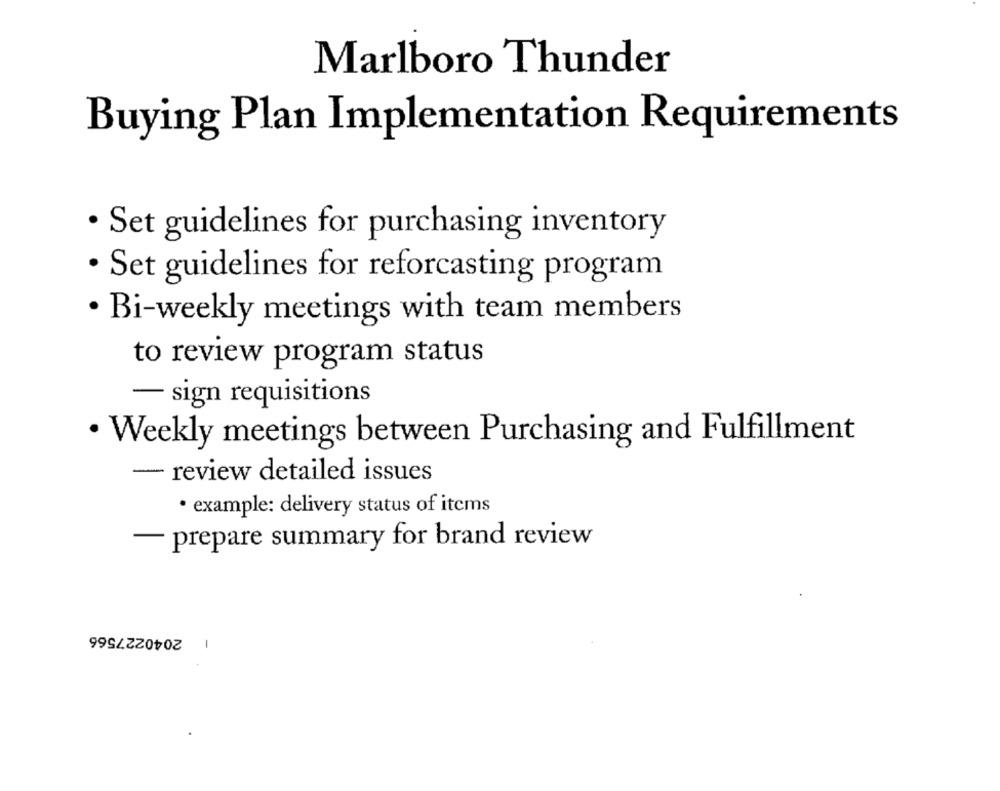
Marlboro Thunder
Buying Plan Implementation Requirements
· Set guidelines for purchasing inventory
· Set guidelines for reforcasting program
· Bi-weekly meetings with team members
to review program status
- sign requisitions
· Weekly meetings between Purchasing and Fulfillment
- review detailed issues
· example: delivery status of items
- prepare summary for brand review
1 2040227566